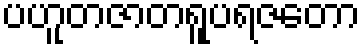
ပဟူတဇာတရူပရဇတော